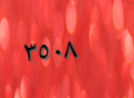
٣٥٠٨